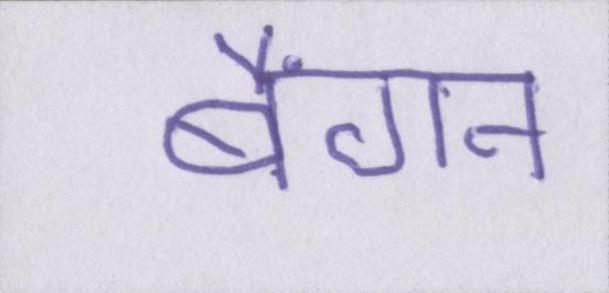
बैंगन